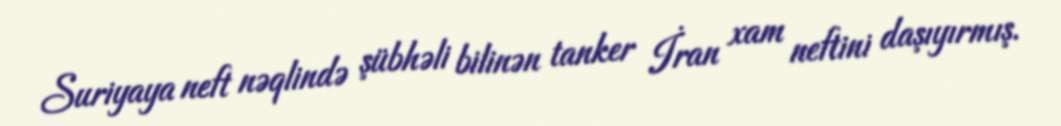
Suriyaya neft nəqlində şübhəli bilinən tanker İran xam neftini daşıyırmış.